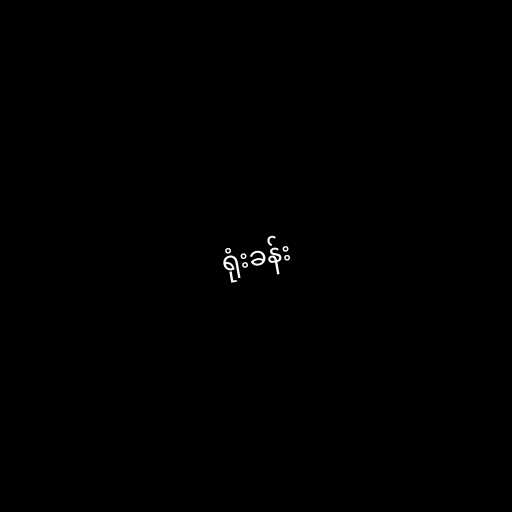
ရုံးခန်း